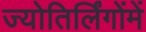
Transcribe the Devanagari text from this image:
ज्योतिर्लिंगोंमें